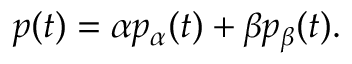
p ( t ) = \alpha p _ { \alpha } ( t ) + \beta p _ { \beta } ( t ) .